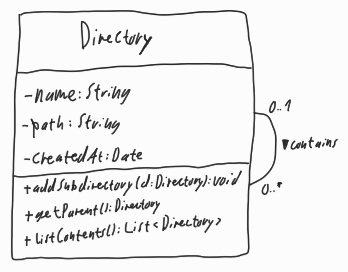
Diagram type: class_diagram
```plantuml
@startuml

class Directory {
  - name: String
  - path: String
  - createdAt: Date
  + addSubdirectory(d: Directory): void
  + getParent(): Directory
  + listContents(): List<Directory>
}

Directory "0..1" -- "0..*" Directory : contains >

@enduml
```